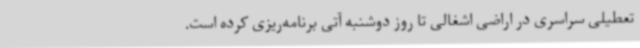
تعطیلی سراسری در اراضی اشغالی تا روز دوشنبه آتی برنامه‌ریزی کرده است.